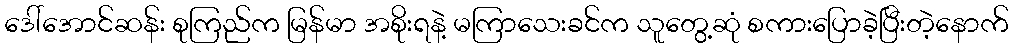
ဒေါ်အောင်ဆန်း စုကြည်က မြန်မာ အစိုးရနဲ့ မကြာသေးခင်က သူတွေ့ဆုံ စကားပြောခဲ့ပြီးတဲ့နောက်